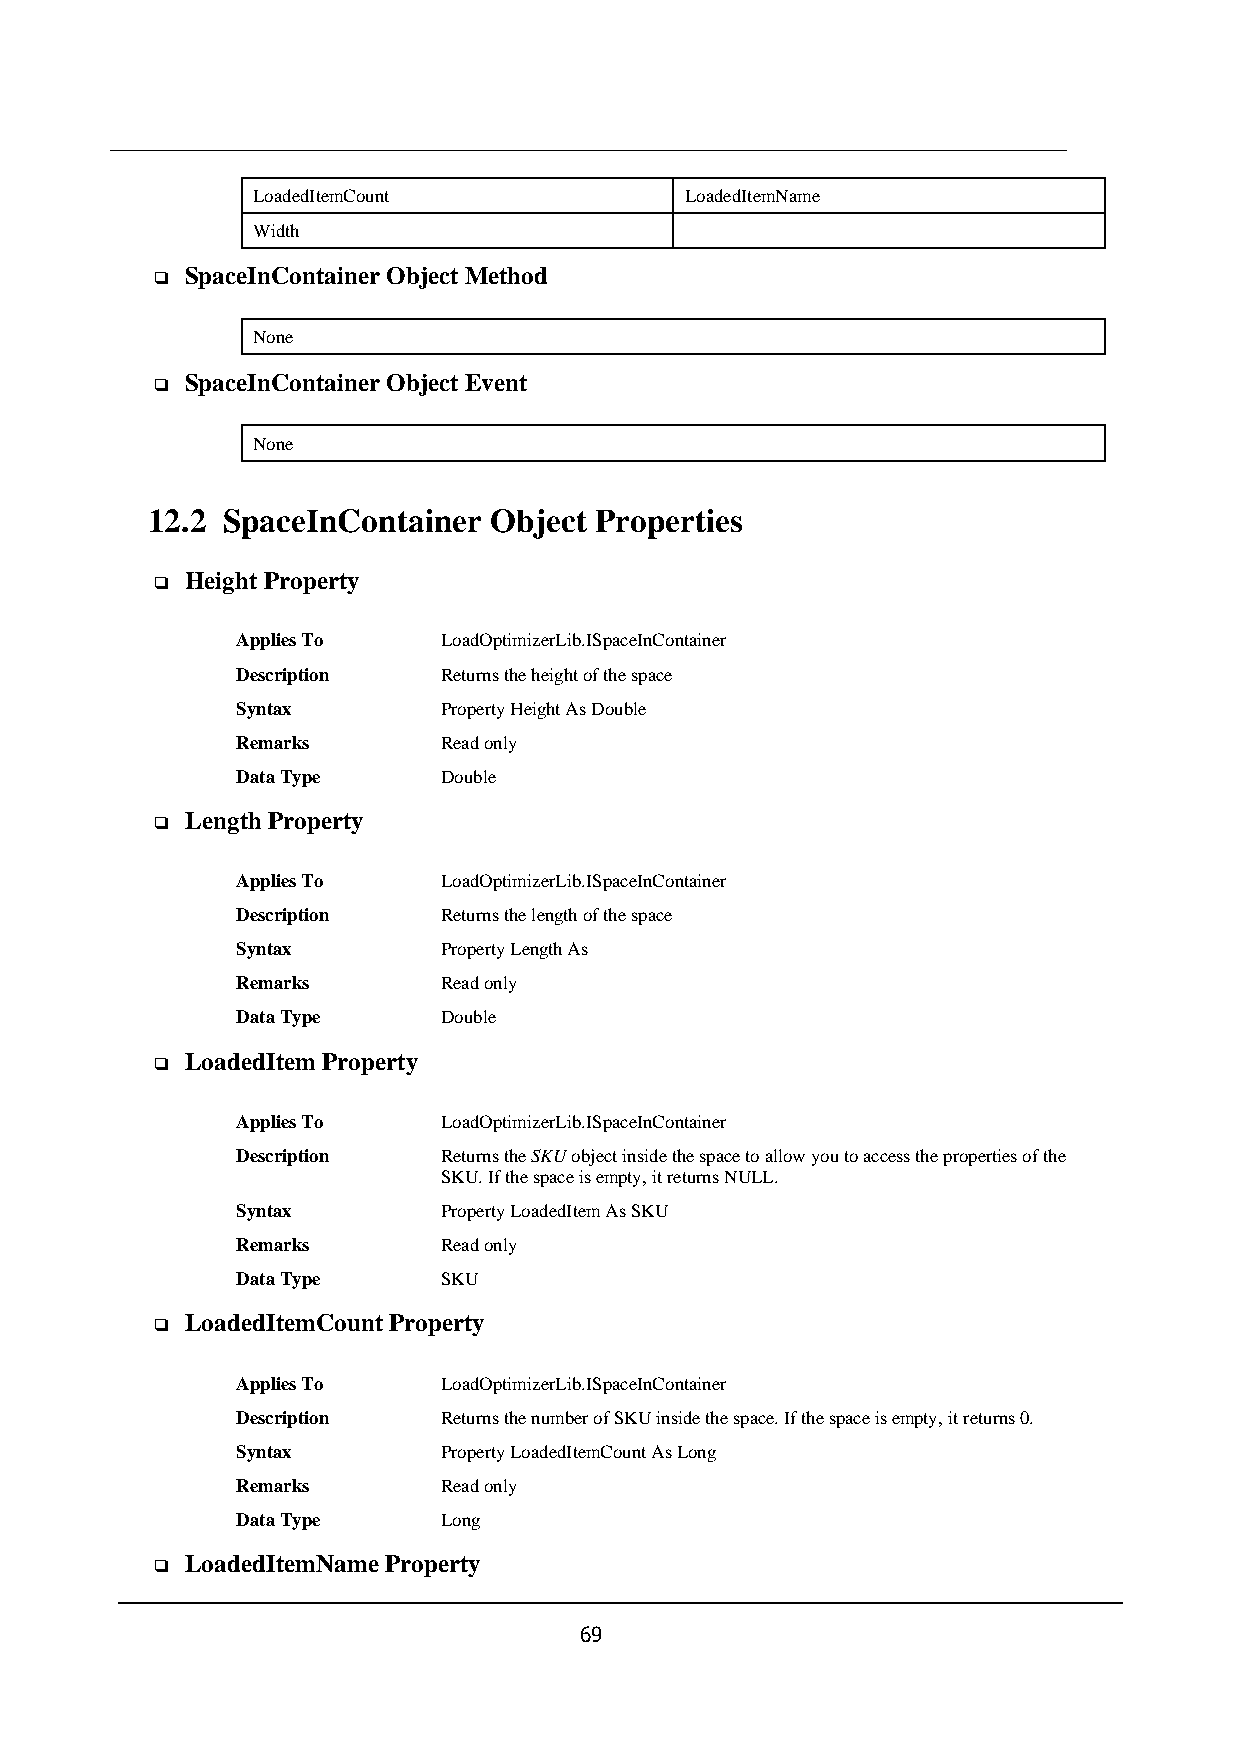
LoadedItemCount             LoadedItemName
 Width
 SpaceInContainer Object Method
 ❑
 None
 SpaceInContainer Object Event
 ❑
 None
 12.2 SpaceInContainer Object Properties
 Height Property
 ❑
 Applies To   LoadOptimizerLib.ISpaceInContainer
 Description  Returns the height of the space
 Syntax       Property Height As Double
 Remarks      Read only
 Data Type    Double
 Length Property
 ❑
 Applies To   LoadOptimizerLib.ISpaceInContainer
 Description  Returns the length of the space
 Syntax       Property Length As
 Remarks      Read only
 Data Type    Double
 LoadedItem Property
 ❑
 Applies To   LoadOptimizerLib.ISpaceInContainer
 Description  Returns the SKU object inside the space to allow you to access the properties of the
 SKU. If the space is empty, it returns NULL.
 Syntax       Property LoadedItem As SKU
 Remarks      Read only
 Data Type    SKU
 LoadedItemCount Property
 ❑
 Applies To   LoadOptimizerLib.ISpaceInContainer
 Description  Returns the number of SKU inside the space. If the space is empty, it returns 0.
 Syntax       Property LoadedItemCount As Long
 Remarks      Read only
 Data Type    Long
 LoadedItemName Property
 ❑
 69